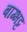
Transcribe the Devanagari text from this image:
बाग्भट्ट